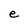
Character: e